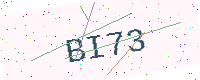
Text: BI73